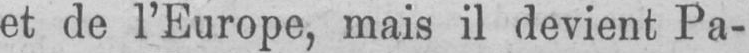
et de l’Europe, mais il devient Pa-